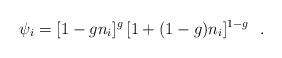
\begin{align*}\psi_i=[1-g n_i]^g \, [1+(1-g) n_i]^{1-g} \ \ .\end{align*}